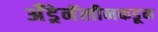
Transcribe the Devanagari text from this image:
अँड्रेनॅलीनकडून